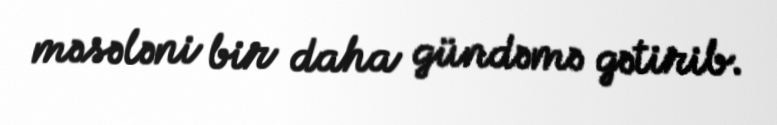
məsələni bir daha gündəmə gətirib.